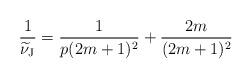
LaTeX: \begin{align*}\frac{1}{\widetilde{\nu}_{\rm J}}=\frac{1}{p(2m+1)^2}+\frac{2m}{(2m+1)^2}\end{align*}